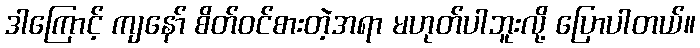
ဒါကြောင့် ကျနော် စိတ်ဝင်စားတဲ့အရာ မဟုတ်ပါဘူးလို့ ပြောပါတယ်။